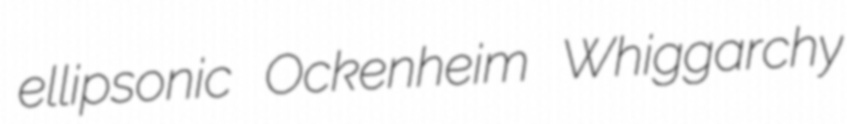
ellipsonic Ockenheim Whiggarchy